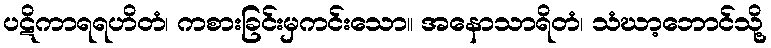
ပဋိကာရရဟိတံ၊ ကစားခြင်းမှကင်းသော။ အနောသာရိတံ၊ သံဃာ့ဘောင်သို့